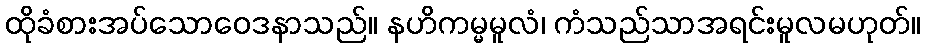
ထိုခံစားအပ်သောဝေဒနာသည်။ နဟိကမ္မမူလံ၊ ကံသည်သာအရင်းမူလမဟုတ်။